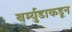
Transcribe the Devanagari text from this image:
बर्म्युडाकडून